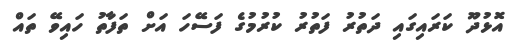
އޮޅުދޫ ކަރައިގައި ދަތުރު ފަތުރު ކުރުމުގެ ފަސޭހަ އަށް ތަފާތު ހައިވޭ ތައް